Report on vaccination North-West Frontier Province 1904-1922 - 1904-1922
Year: 1904
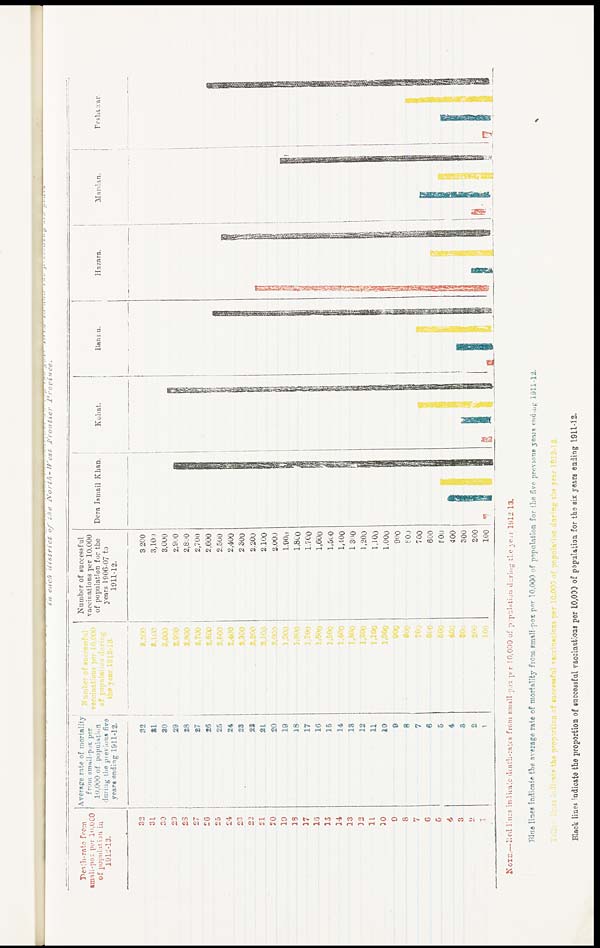
in each district
of the North- West Frontier
Province.